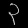
Digit: ၃